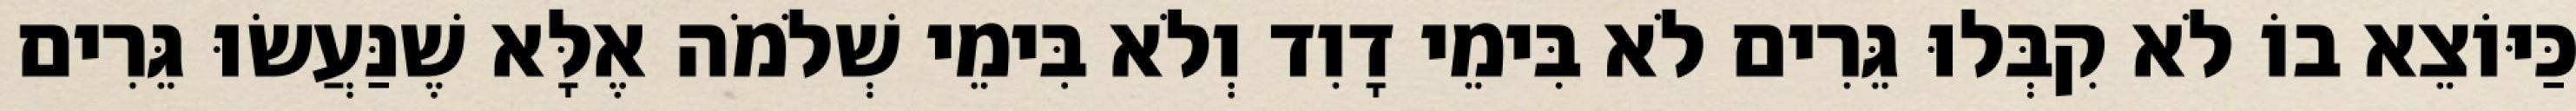
כַּיּוֹצֵא בוֹ לֹא קִבְּלוּ גֵּרִים לֹא בִּימֵי דָוִד וְלֹא בִּימֵי שְׁלֹמֹה אֶלָּא שֶׁנַּעֲשׂוּ גֵּרִים